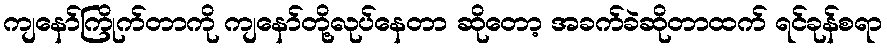
ကျနော်ကြိုက်တာကို ကျနော်တို့လုပ်နေတာ ဆိုတော့ အခက်ခဲဆိုတာထက် ရင်ခုန်စရာ